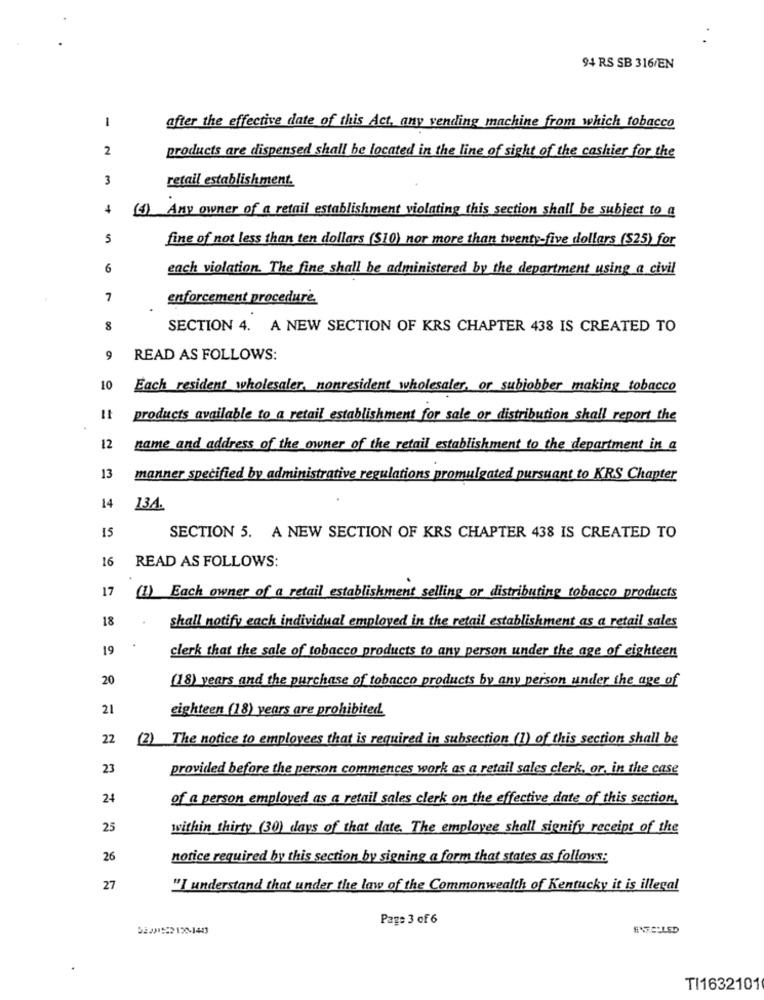
94 RS SB 316/EN
1
after the effective date of this Act, any vending machine from which tobacco
2
products are dispensed shall be located in the line of sight of the cashier for the
3
retail establishment.
4
(4) Any owner of a retail establishment violating this section shall be subject to a
5
fine of not less than ten dollars ($10) nor more than twenty-five dollars ($25) for
6
each violation. The fine shall be administered by the department using a civil
7
enforcement procedure.
8
SECTION 4. A NEW SECTION OF KRS CHAPTER 438 IS CREATED TO
9
READ AS FOLLOWS:
10
Each resident wholesaler, nonresident wholesaler, or subjobber making tobacco
products available to a retail establishment for sale or distribution shall report the
12
name and address of the owner of the retail establishment to the department in a
13
manner specified by administrative regulations promulgated pursuant to KRS Chapter
14
13A.
15
SECTION 5. A NEW SECTION OF KRS CHAPTER 438 IS CREATED TO
16
READ AS FOLLOWS:
17
(1) Each owner of a retail establishment selling or distributing tobacco products
18
shall notify each individual employed in the retail establishment as a retail sales
19
clerk that the sale of tobacco products to any person under the age of eighteen
20
(18) years and the purchase of tobacco products by any person under the age of
21
eighteen (18) years are prohibited
22
(2) The notice to employees that is required in subsection (1) of this section shall be
23
provided before the person commences work as a retail sales clerk, or, in the case
24
of a person employed as a retail sales clerk on the effective date of this section,
25
within thirty (30) days of that date. The employee shall signify receipt of the
26
notice required by this section by signing a form that states as follows:
27
"I understand that under the law of the Commonwealth of Kentucky it is illegal
Page 3 of6
ENROLLED
TI1632101